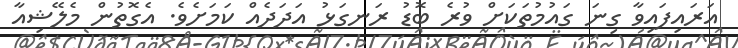
އަރައިފައިވާ ގިނަ ގައުމުތަކަށް ވުރެ ބޮޑު ރަނގަޅު އަދަދެއް ކަމަށެވެ. އެގޮތުން މެލޭޝިއާ